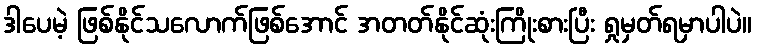
ဒါပေမဲ့ ဖြစ်နိုင်သလောက်ဖြစ်အောင် အတတ်နိုင်ဆုံးကြိုးစားပြီး ရှုမှတ်ရမှာပါပဲ။